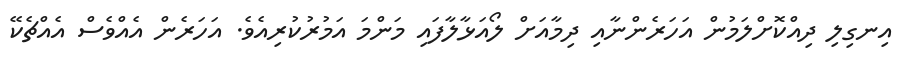
އިނގިލި ދިއްކޮށްލަމުން އަހަރެންނާއި ދިމާއަށް ލޯއަޅާލާފައި މަންމަ އަމުރުކުރިއެވެ. އަހަރެން އެއްވެސް އެއްޗެކޭ